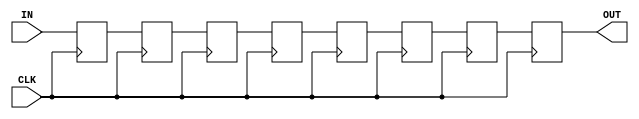
// Copyright 2018 Tian Tan
//
// Redistribution and use in source and binary forms, with or without
// modification, are permitted provided that the following conditions are met:
//
// 1. Redistributions of source code must retain the above copyright notice,
// this list of conditions and the following disclaimer.
//
// 2. Redistributions in binary form must reproduce the above copyright
// notice, this list of conditions and the following disclaimer in the
// documentation and/or other materials provided with the distribution.
//
// 3. Neither the name of the copyright holder nor the names of its
// contributors may be used to endorse or promote products derived from this
// software without specific prior written permission.
//
// THIS SOFTWARE IS PROVIDED BY THE COPYRIGHT HOLDERS AND CONTRIBUTORS "AS IS"
// AND ANY EXPRESS OR IMPLIED WARRANTIES, INCLUDING, BUT NOT LIMITED TO, THE
// IMPLIED WARRANTIES OF MERCHANTABILITY AND FITNESS FOR A PARTICULAR PURPOSE
// ARE DISCLAIMED. IN NO EVENT SHALL THE COPYRIGHT HOLDER OR CONTRIBUTORS BE
// LIABLE FOR ANY DIRECT, INDIRECT, INCIDENTAL, SPECIAL, EXEMPLARY, OR
// CONSEQUENTIAL DAMAGES (INCLUDING, BUT NOT LIMITED TO, PROCUREMENT OF
// SUBSTITUTE GOODS OR SERVICES; LOSS OF USE, DATA, OR PROFITS; OR BUSINESS
// INTERRUPTION) HOWEVER CAUSED AND ON ANY THEORY OF LIABILITY, WHETHER IN
// CONTRACT, STRICT LIABILITY, OR TORT (INCLUDING NEGLIGENCE OR OTHERWISE)
// ARISING IN ANY WAY OUT OF THE USE OF THIS SOFTWARE, EVEN IF ADVISED OF THE
// POSSIBILITY OF SUCH DAMAGE.
//
//
// regshifter, used to add pipeline stages
// TT

(* altera_attribute = "-name AUTO_SHIFT_REGISTER_RECOGNITION OFF" *)
module regchain
#(
	parameter NUM_STG = 8,
	parameter WIDTH = 32
)
(
	input			CLK,
	input	[WIDTH-1:0]	IN,
	output	[WIDTH-1:0]	OUT
);

	reg	[WIDTH-1:0]	tmp[0:NUM_STG];
	integer			i;

	always @(*)
		tmp[0] = IN;

	always @(posedge CLK)
		for (i = 0; i < NUM_STG; i = i + 1)
			tmp[i+1] <= tmp[i];

	assign OUT = tmp[NUM_STG];

endmodule